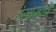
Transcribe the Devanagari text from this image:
हंगामांचे